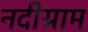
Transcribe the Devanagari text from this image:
नदीग्राम